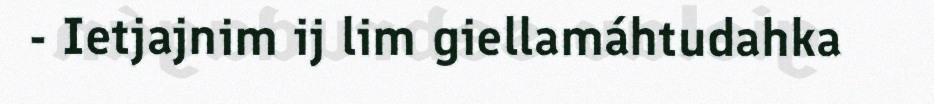
- Ietjajnim ij lim giellamáhtudahka